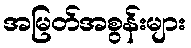
အမြတ်အစွန်းများ